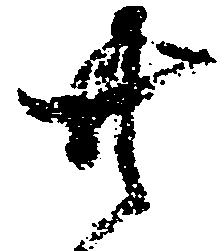
共